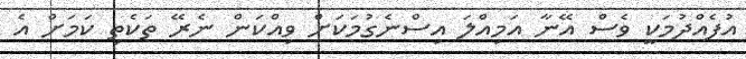
އުފެއްދުމަކީ ވެސް އޭނާ އަމިއްލަ އިސްނެގުމަކަށް ވިއްކަން ނެރޭ ތަކެތި ކަމަށް އެ